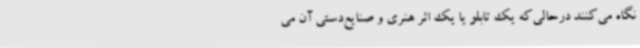
نگاه می‌کنند درحالی‌که یک تابلو یا یک اثر هنری و صنایع‌دستی آن می